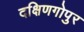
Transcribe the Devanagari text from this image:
दक्षिणगोपुर